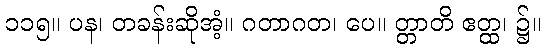
၁၁၅။ ပန၊ တခန်းဆိုအံ့။ ဂတာဂတ၊ ပေ။ တ္တာတိ ဧတ္ထ၊ ၌။